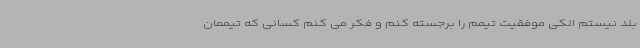
بلد نیستم الکی موفقیت تیمم را برجسته کنم و فکر می کنم کسانی که تیممان